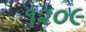
૧૨૦૯